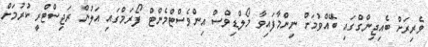
ވެރިރަށް ބެއިޖިންގްގައި ބޭއްވުމަށް ނިންމާފައިވާ މޯލްޑިވްސް އިންވެސްޓްމެންޓް ފޯރަމްގައި އަލުން ރަޖިސްޓްރީ ކުރުމަށް